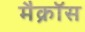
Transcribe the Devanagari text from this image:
मैक्रॉस